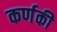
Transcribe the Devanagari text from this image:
कर्णकी